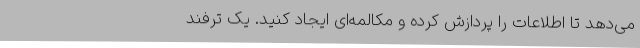
می‌دهد تا اطلاعات را پردازش کرده و مکالمه‌ای ایجاد کنید. یک ترفند